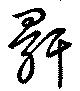
骭